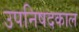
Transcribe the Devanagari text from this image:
उपनिषदकाल